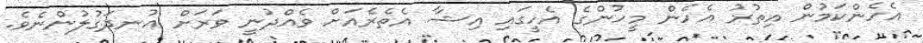
އެހެންކަމުން އިތުރު އެހެން މީހުންގެ އެހީގައި އިޝާ އެތެރެއަށް ވެއްދުނީ ވަރަށް އުނދަގުލުންނެވެ.